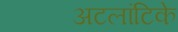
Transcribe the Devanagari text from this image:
अटलांटिके